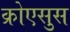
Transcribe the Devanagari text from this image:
क्रोएसुस